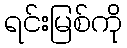
ရင်းမြစ်ကို